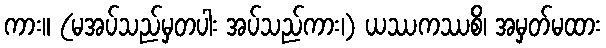
ကား။ (မအပ်သည်မှတပါး အပ်သည်ကား၊) ယဿကဿစိ၊ အမှတ်မထား